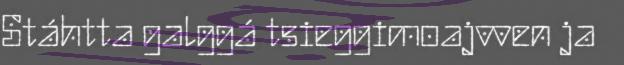
Stáhtta galggá tsieggimoajvven ja